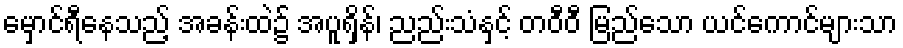
မှောင်ရီနေသည့် အခန်းထဲ၌ အပူရှိန်၊ ညည်းသံနှင့် တဝီဝီ မြည်သော ယင်ကောင်များသာ